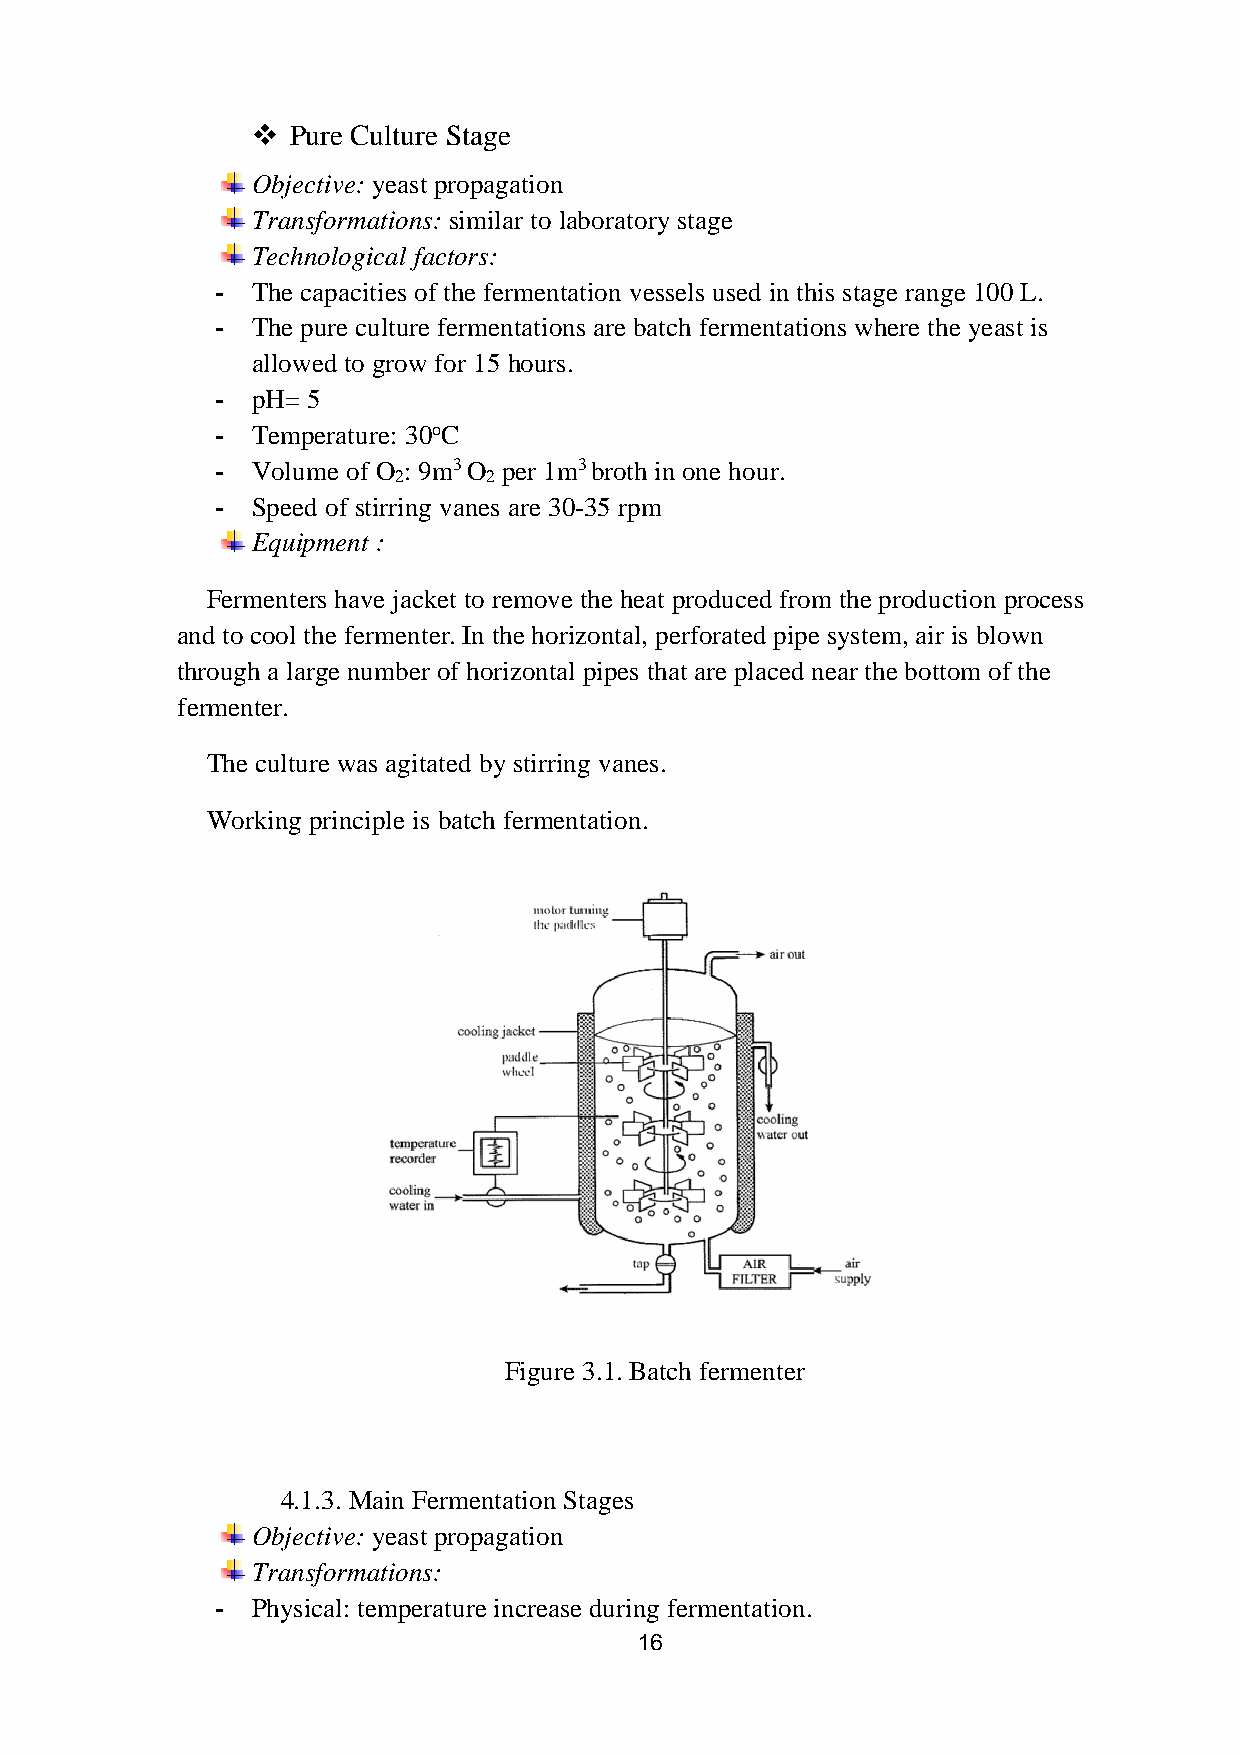
 Pure Culture Stage
 Objective: yeast propagation
 Transformations: similar to laboratory stage
 Technological factors:
 -  The capacities of the fermentation vessels used in this stage range 100 L.
 -  The pure culture fermentations are batch fermentations where the yeast is
 allowed to grow for 15 hours.
 -  pH= 5
 -  Temperature: 30oC
 -  Volume of O : 9m3 O per 1m3 broth in one hour.
 2     2
 -  Speed of stirring vanes are 30-35 rpm
 Equipment :
 Fermenters have jacket to remove the heat produced from the production process
 and to cool the fermenter. In the horizontal, perforated pipe system, air is blown
 through a large number of horizontal pipes that are placed near the bottom of the
 fermenter.
 The culture was agitated by stirring vanes.
 Working principle is batch fermentation.
 Figure 3.1. Batch fermenter
 4.1.3. Main Fermentation Stages
 Objective: yeast propagation
 Transformations:
 -  Physical: temperature increase during fermentation.
 16